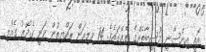
އޮތީ އިންސާނީ މުސީބާތެއްގެ ތެރޭގައެވެ. 14 މިލިއަން ރައްޔިތުން ވަނީ ގެދޮރު ގެއްލި